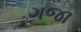
ગજા